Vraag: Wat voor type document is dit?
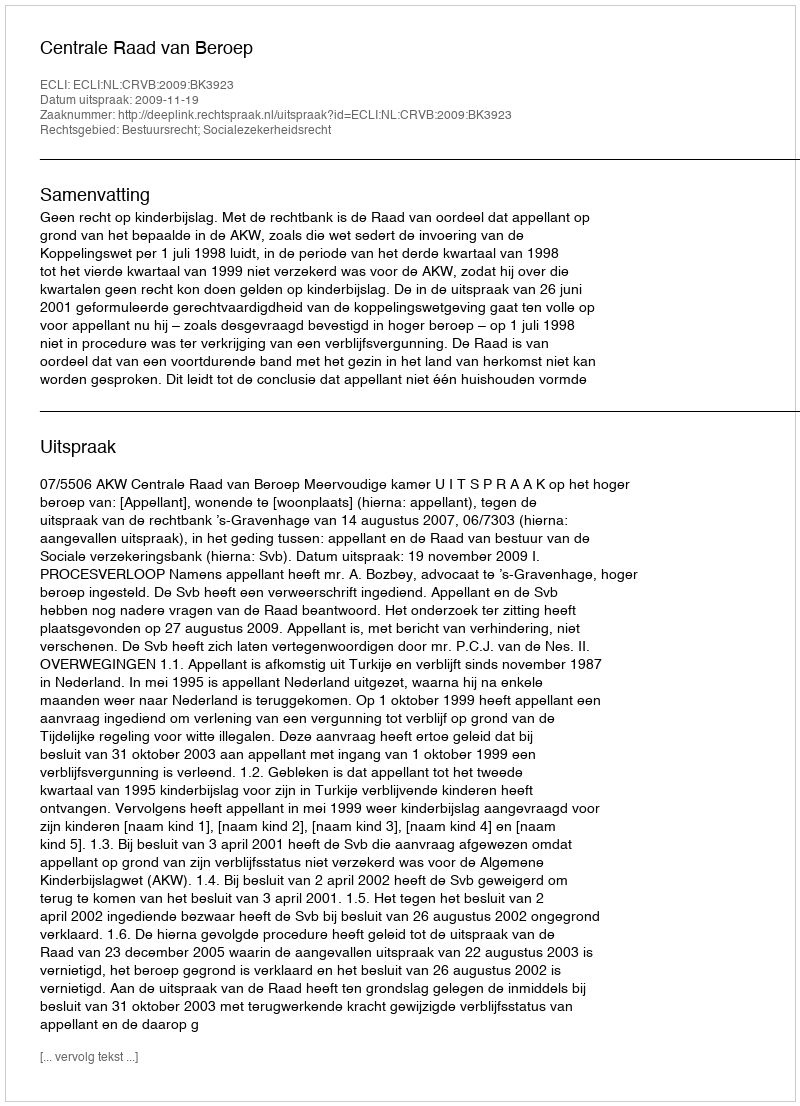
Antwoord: Uitspraak